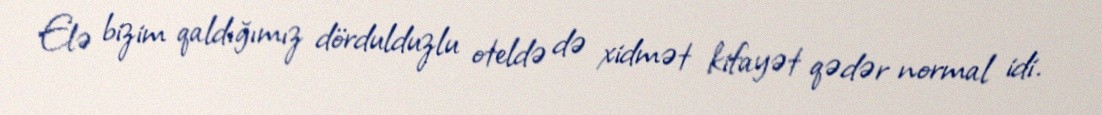
Elə bizim qaldığımız dördulduzlu oteldə də xidmət kifayət qədər normal idi.